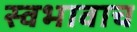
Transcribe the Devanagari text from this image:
स्वभावाच